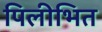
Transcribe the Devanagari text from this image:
पिलीभित